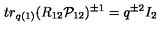
t r _ { q ( 1 ) } ( R _ { 1 2 } { \cal P } _ { 1 2 } ) ^ { \pm 1 } = q ^ { \pm 2 } I _ { 2 }